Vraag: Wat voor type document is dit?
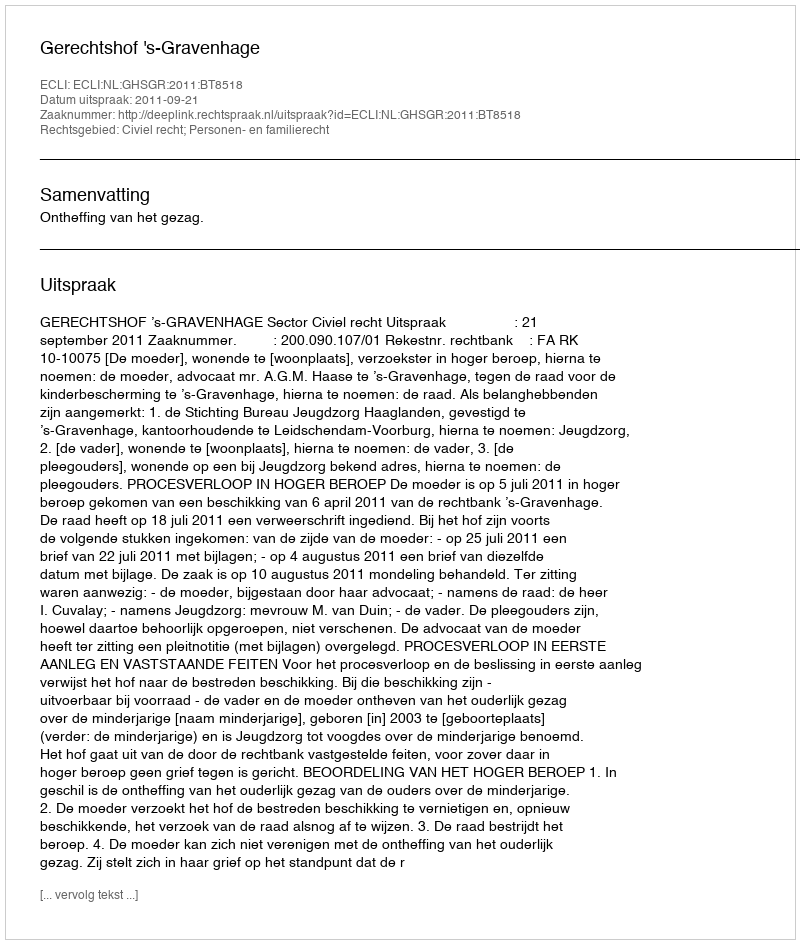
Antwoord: Uitspraak